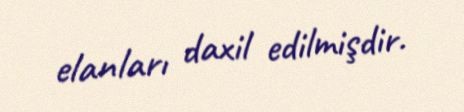
elanları daxil edilmişdir.